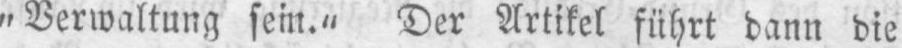
„Verwaltung sein.‟ Der Artikel führt dann die